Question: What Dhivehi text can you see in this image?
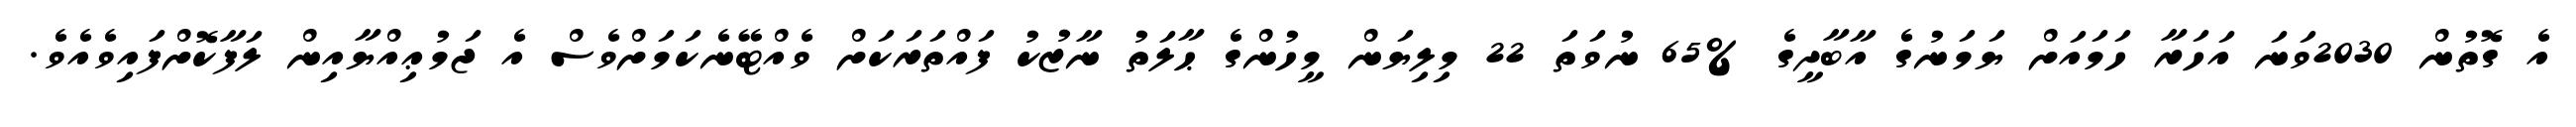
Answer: އެ ގޮތުން 2030ވަނަ އަހަރާ ހަމައަށް ޔަމަނުގެ އާބާދީގެ %65 ނުވަތަ 22 މިލިޔަން މީހުންގެ ޙާލަތު ނާޒުކު ފައްތަރަކަށް ވެއްޓޭނެކަމަށްވެސް އެ ޖަމުޢިއްޔާއިން ލަފާކޮށްފައިވެއެވެ.